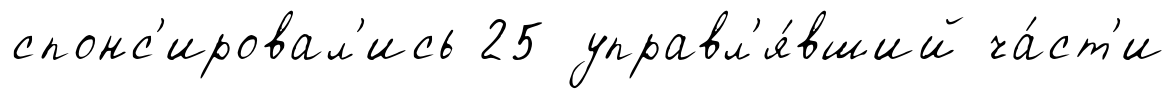
спонс'ировал'ись 25 управл'я́вший ча́ст'и